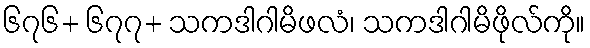
၆၇၆+ ၆၇၇+ သကဒါဂါမိဖလံ၊ သကဒါဂါမိဖိုလ်ကို။